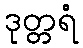
ဒုတ္တရံ